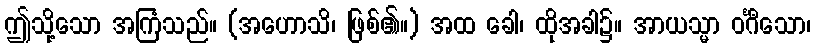
ဤသို့သော အကြံသည်။ (အဟောသိ၊ ဖြစ်၏။) အထ ခေါ၊ ထိုအခါ၌။ အာယသ္မာ ဝင်္ဂီသော၊